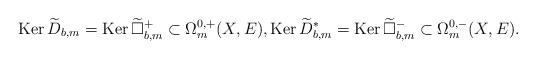
LaTeX: \begin{align*} \mathrm{Ker\,}\widetilde D_{b,m}=\mathrm{Ker\,}\widetilde{\Box}^+_{b,m}\subset\Omega^{0,+}_m(X,E), \mathrm{Ker\,}\widetilde D^*_{b,m}=\mathrm{Ker\,}\widetilde{\Box}^-_{b,m}\subset\Omega^{0,-}_m(X,E).\end{align*}